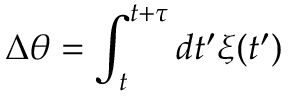
\Delta \theta = \int _ { t } ^ { t + \tau } d t ^ { \prime } \xi ( t ^ { \prime } )